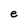
Character: e